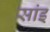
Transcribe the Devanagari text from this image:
सांइ